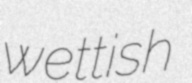
wettish